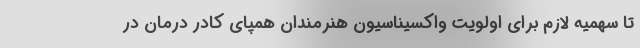
تا سهمیه لازم برای اولویت واکسیناسیون هنرمندان همپای کادر درمان در